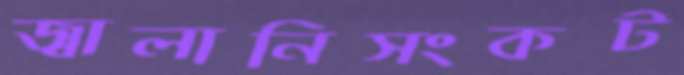
জ্বালানিসংকট